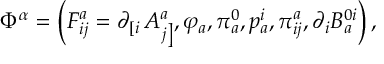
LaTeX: \Phi ^ { \alpha } = \left( F _ { i j } ^ { a } = \partial _ { \left[ i \right. } A _ { \left. j \right] } ^ { a } , \varphi _ { a } , \pi _ { a } ^ { 0 } , p _ { a } ^ { i } , \pi _ { i j } ^ { a } , \partial _ { i } B _ { a } ^ { 0 i } \right) ,